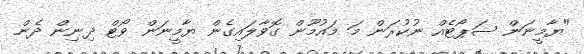
"ޔާމީނަން ސަޕޯޓެއް ނުކުރަން މަ މައުމޫން ގޮވާލައިގެން ޔާމީނަން ވޯޓް ދިނިން ދެން